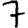
Digit: 7